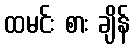
ထမင်း စား ချိန်